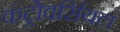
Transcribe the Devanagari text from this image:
कंट्रोवर्सियल